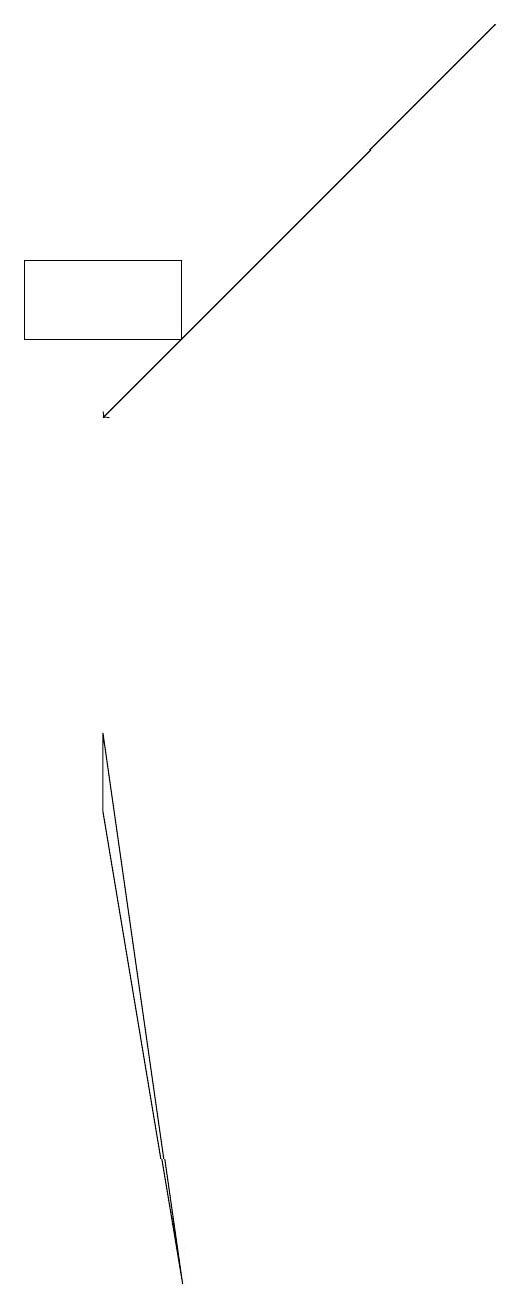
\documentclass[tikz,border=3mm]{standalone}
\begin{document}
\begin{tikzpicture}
\draw[->] (6,16) -- (1,11);
\draw (0,12) rectangle (2,13);
\draw (1,6) -- (2,0) -- (1,7) -- cycle;
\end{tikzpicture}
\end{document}